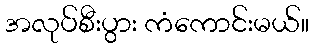
အလုပ်စီးပွား ကံကောင်းမယ်။